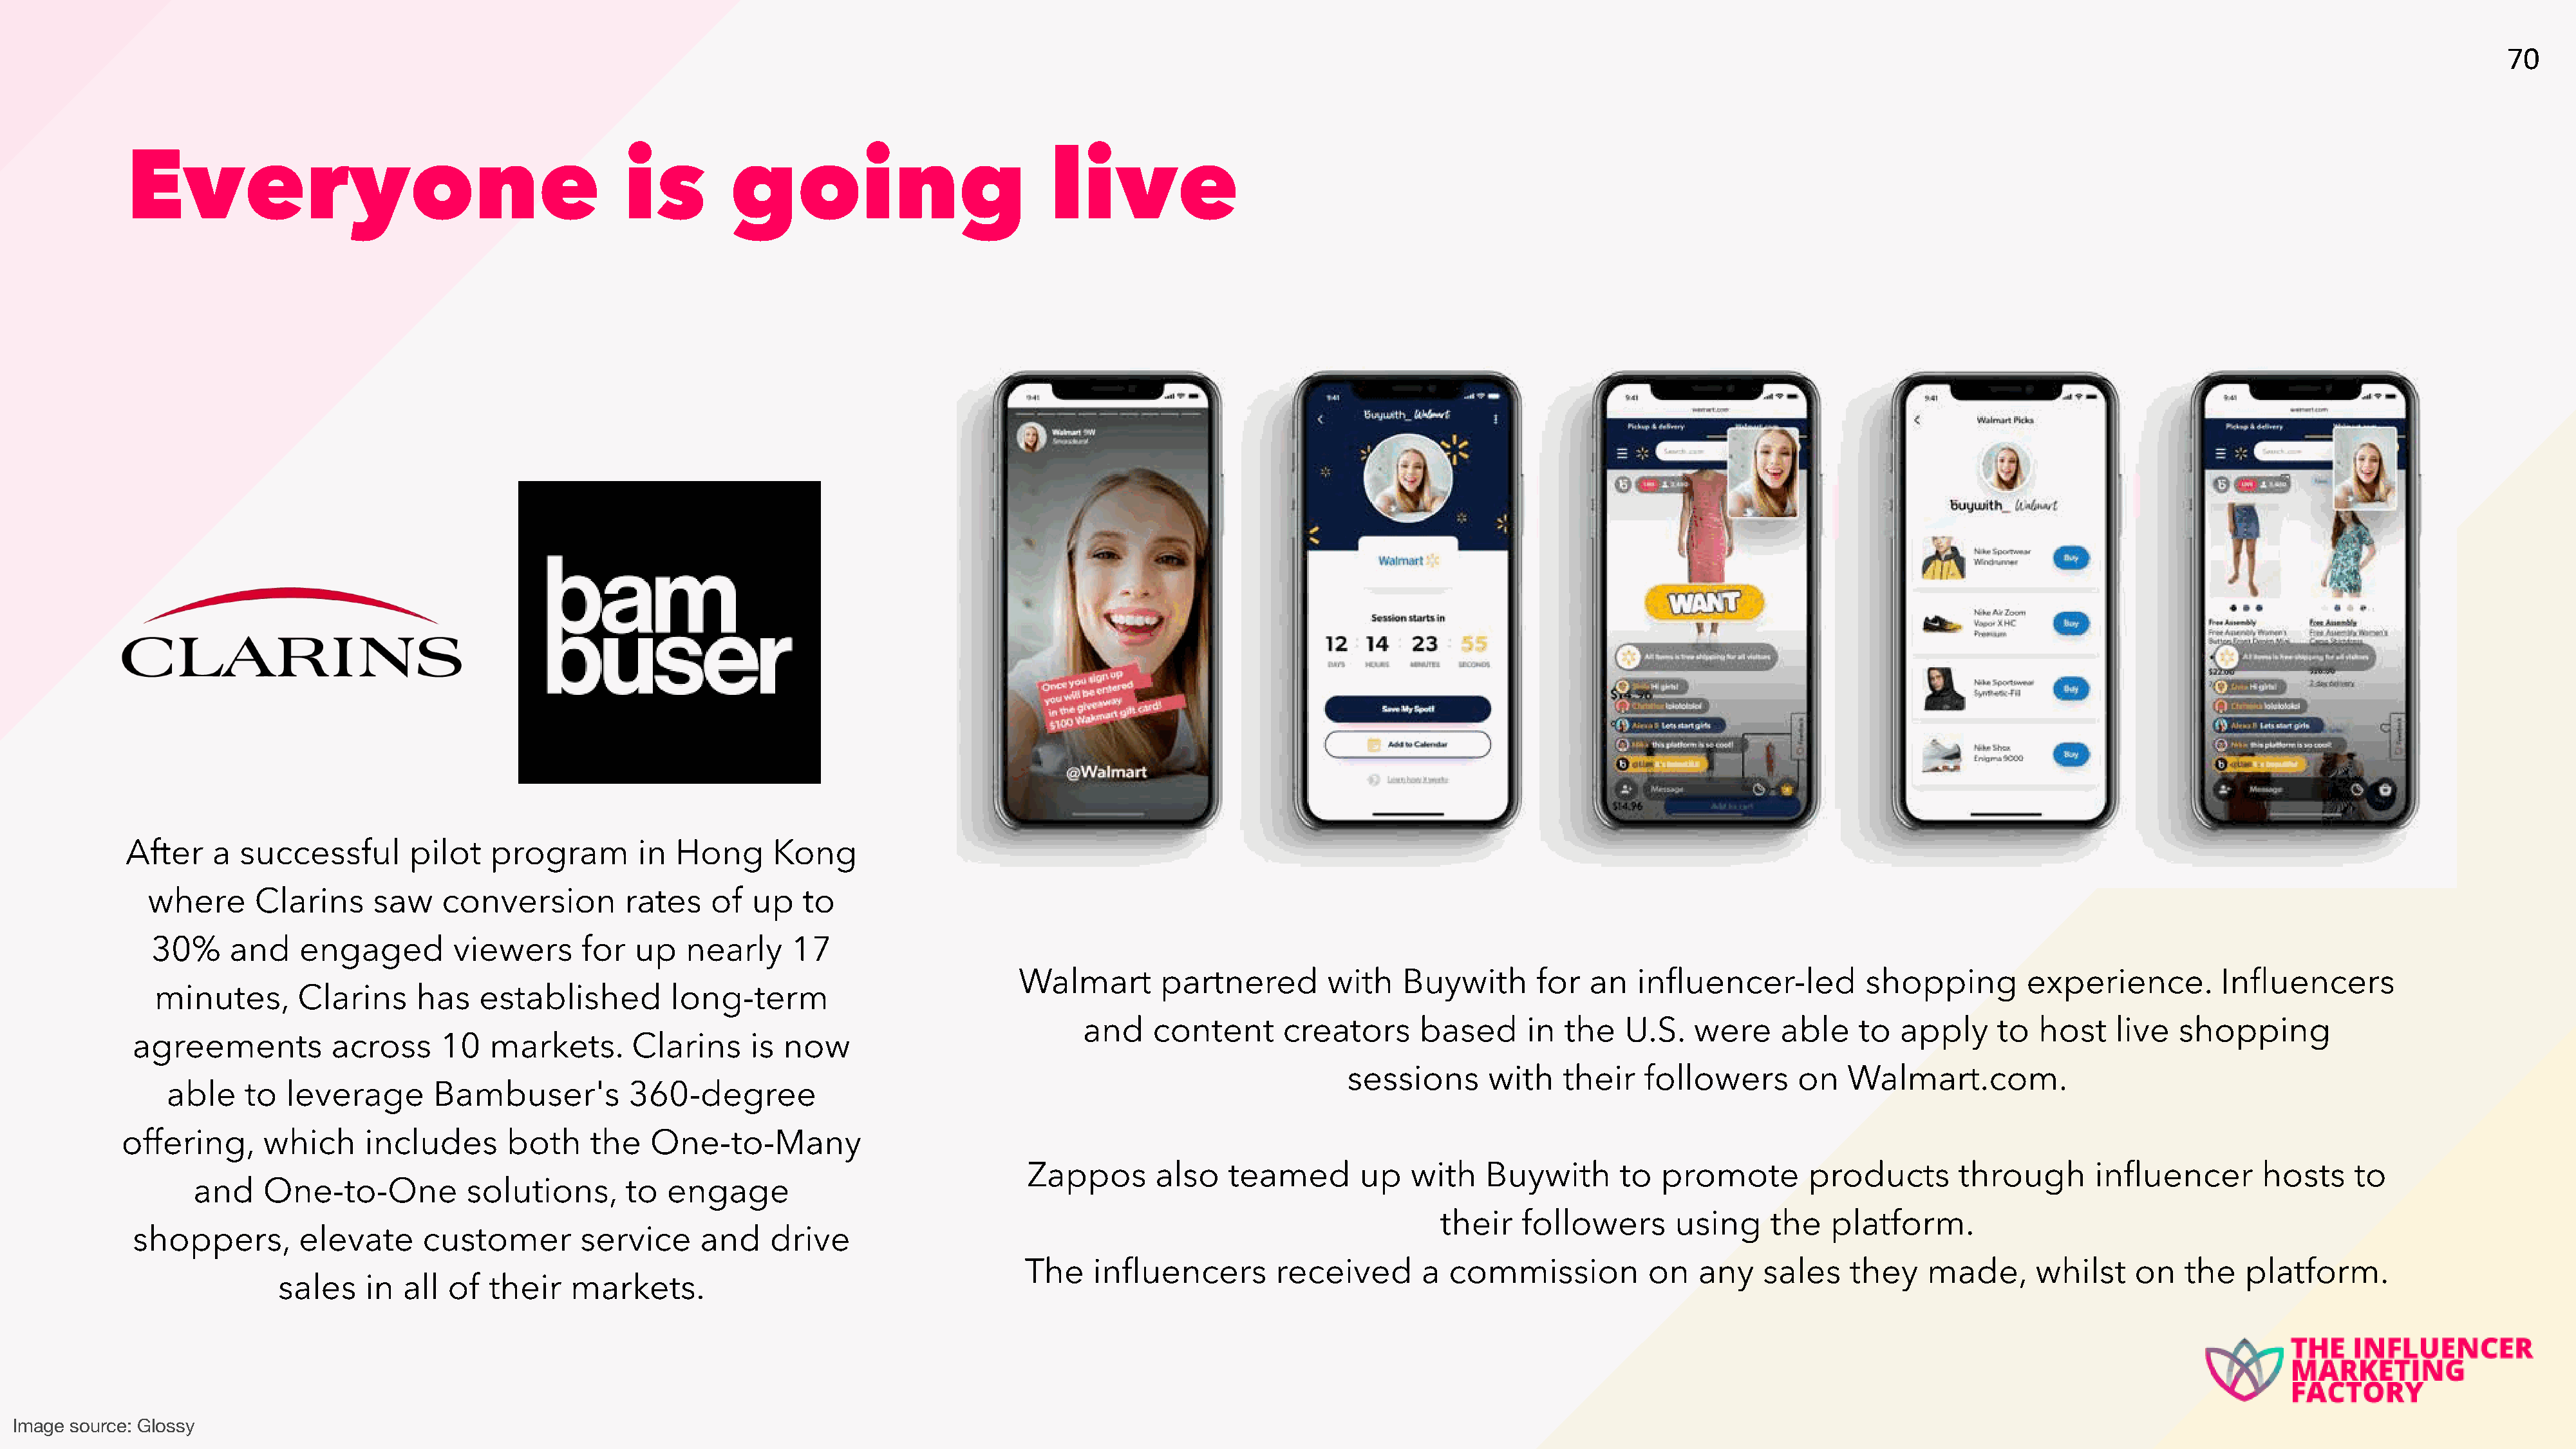
70
 Everyone                                           is         going                            live
 After    a  successful       pilot   program         in Hong      Kong
 where      Clarins     saw    conversion         rates    of  up    to
 30%     and    engaged         viewers      for  up   nearly     17
 Walmart       partnered        with    Buywith       for  an   influencer-led          shopping        experience.         Influencers
 minutes,       Clarins     has   established         long-term
 and    content       creators      based      in  the   U.S.   were     able    to  apply     to   host   live   shopping
 agreements          across     10   markets.       Clarins     is now
 sessions       with    their   followers       on   Walmart.com.
 able    to  leverage        Bambuser's          360-degree
 offering,      which     includes       both     the   One-to-Many
 Zappos       also   teamed        up   with    Buywith       to  promote        products       through       influencer        hosts    to
 and    One-to-One           solutions,      to   engage
 their   followers       using     the   platform.
 shoppers,        elevate     customer         service     and    drive
 The    influencers        received       a  commission          on    any   sales    they    made,      whilst    on    the   platform.
 sales    in all  of  their    markets.
 Image source: Glossy